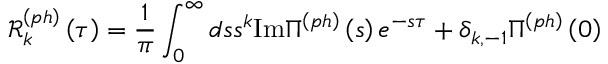
\mathcal { R } _ { k } ^ { \left( p h \right) } \left( \tau \right) = \frac { 1 } { \pi } \int _ { 0 } ^ { \infty } d s s ^ { k } \mathrm { I m } \Pi ^ { \left( p h \right) } \left( s \right) e ^ { - s \tau } + \delta _ { k , - 1 } \Pi ^ { \left( p h \right) } \left( 0 \right)